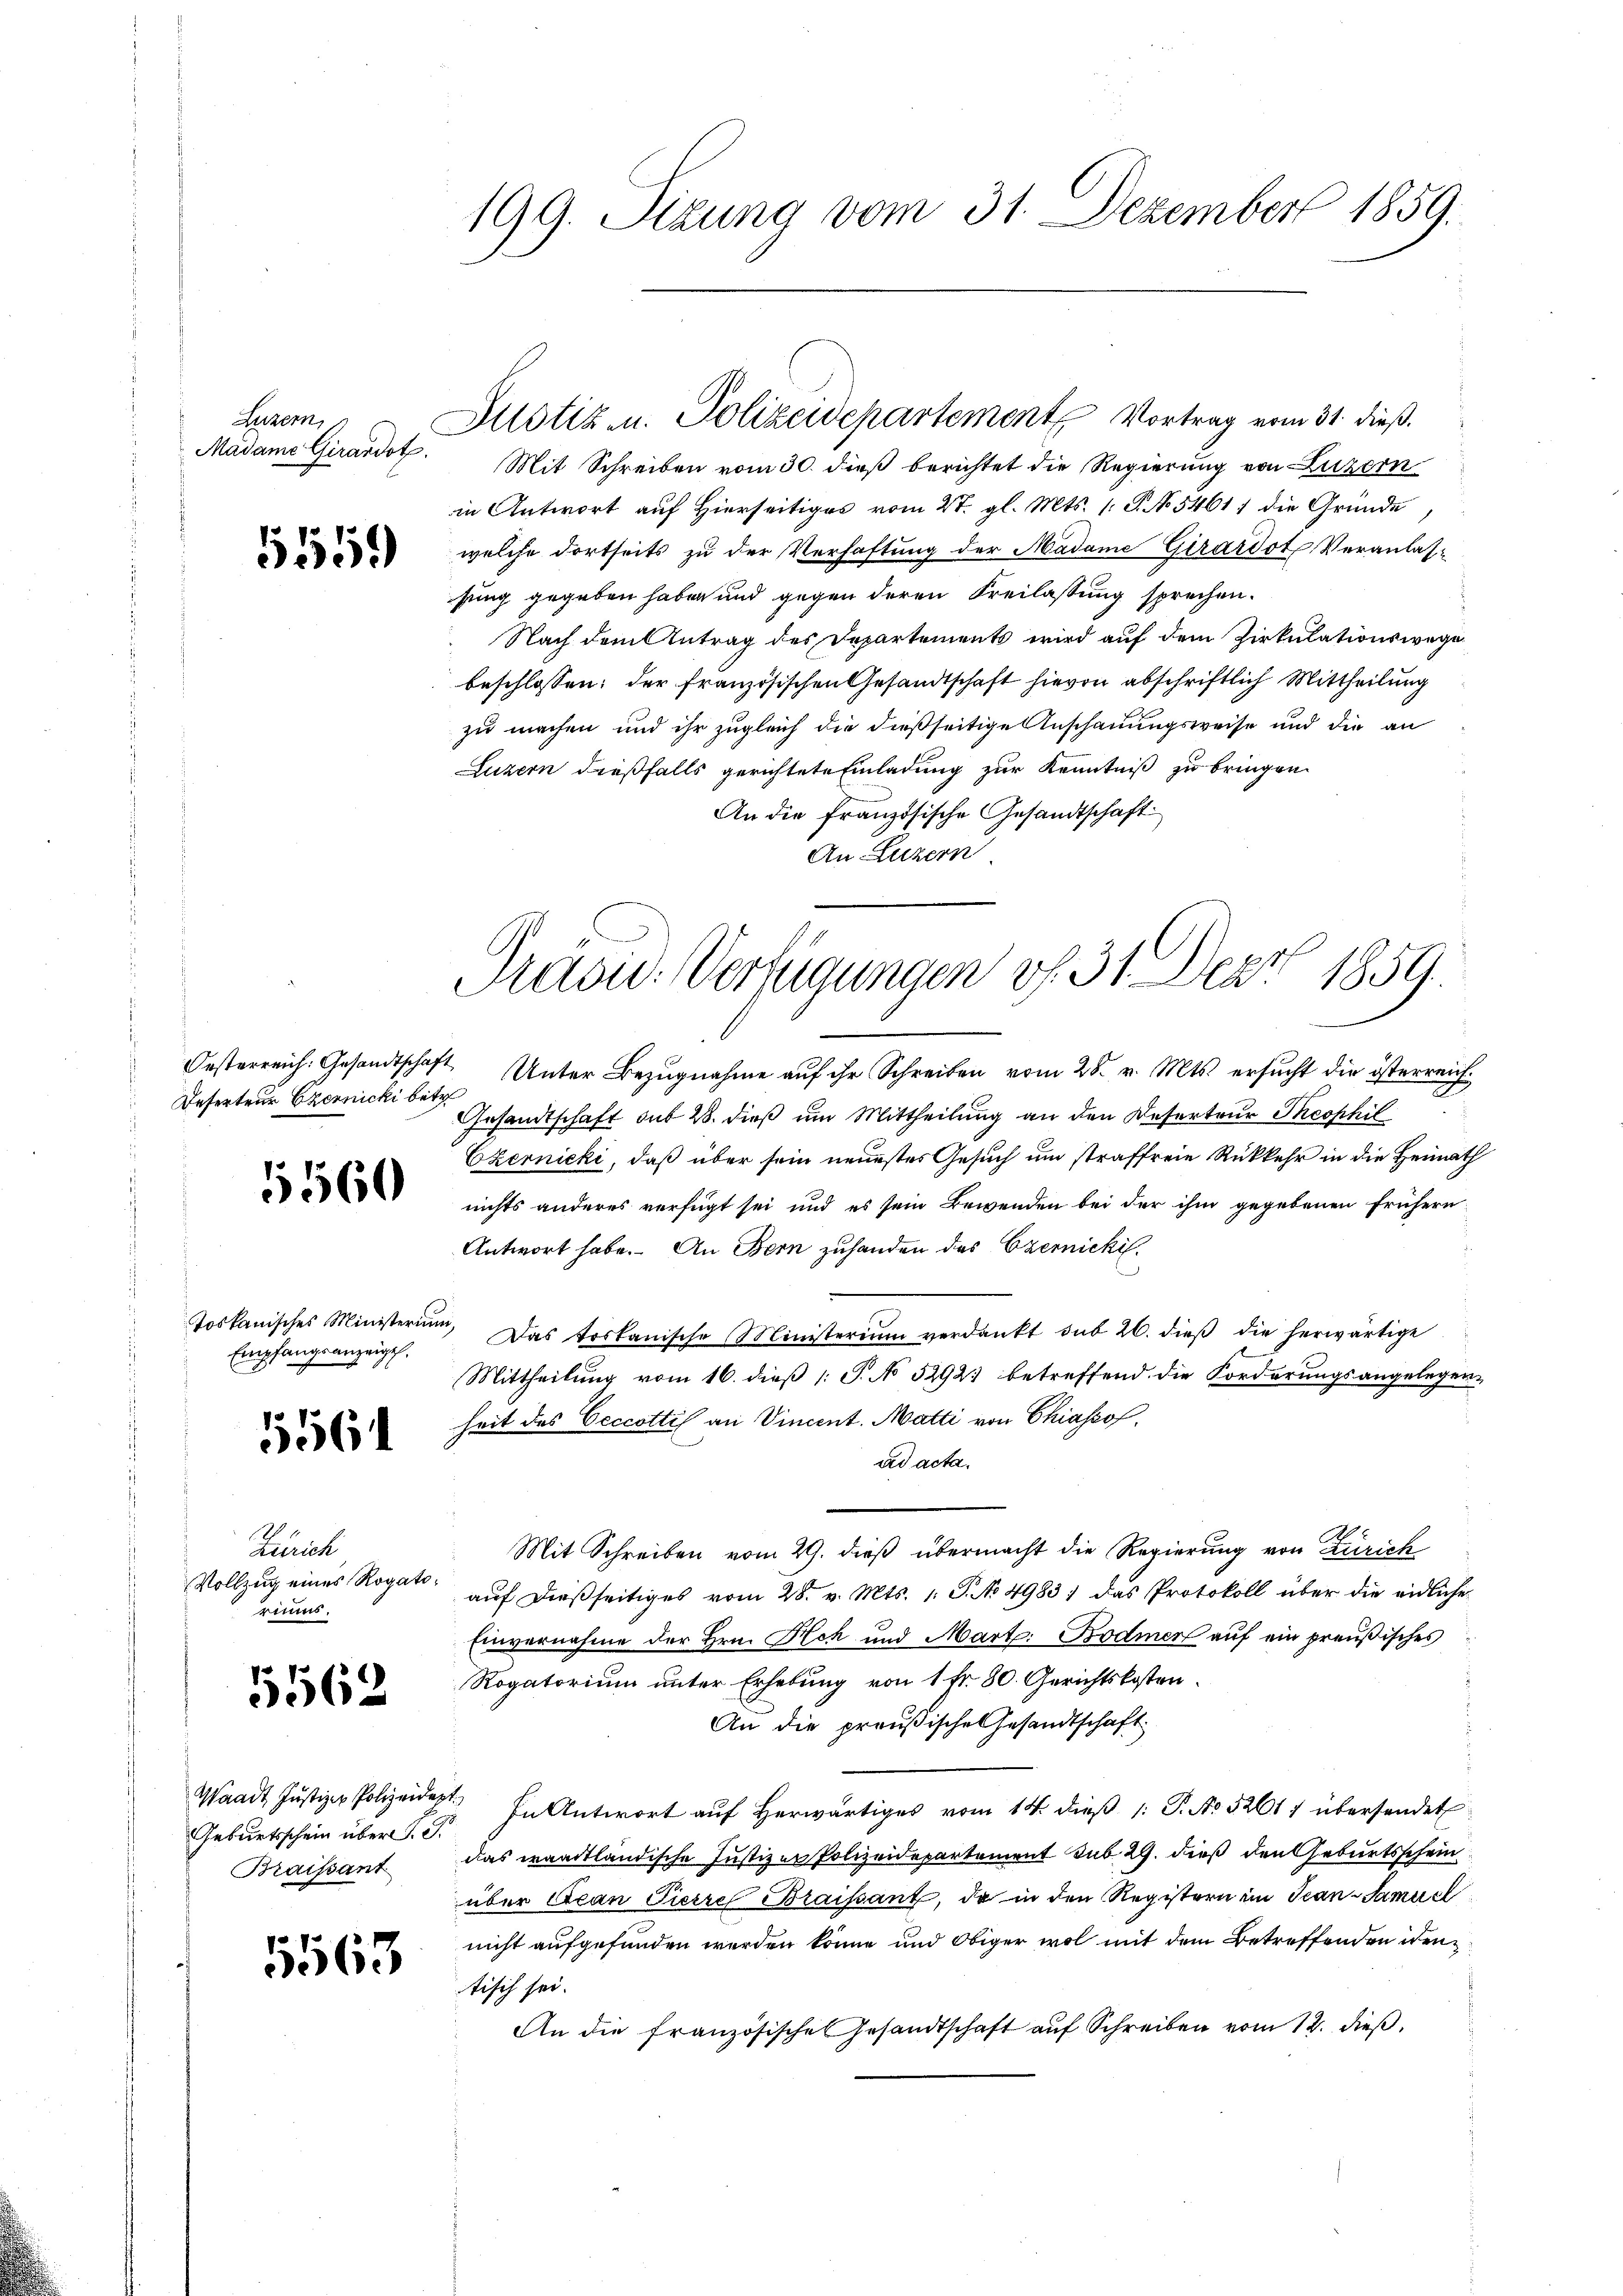
edom,
Madame Girardot

5559

Deferteur Czernicki betr

1560

toskanisches Ministerium,
Empfangsanzeigt.

556.

Zürich
Vollzug eines Rogatorimus.

5562

Geburtsschein über d. J.
Braissant

1563

199. Sizung vom 31. Dezember 1859.

Mit Schreiben vom 30. dieß berichtet die Regierung von Luzern
in Antwort auf Hierseitiges vom 27. gl. Mts. 1 S. No. 5461 die Gründe
welche dortseits zu der Verhaftung der Madame Girardot, Veranlassung gegeben haben und gegen deren Freilassung sprechen.
Nach dem Antrag des Departements wird auf dem Zirkulationswege
beschlossen: der französischen Gesandtschaft hievon abschriftlich Mittheilung
zu machen und ihr zugleich die dießseitige Anschauungsweise und die an
Luzern dießfalls gerichtete Einladung zur Kenntniß zu bringen
An die französische Gesandtschaft
An Luzern
Oesterreich: Gesandtschaft Unter Bezugnahme auf ihr Schreiben vom 28. v. Mts. ersucht die österreich¬
A
Gesandtschaft sub 28. dieß um Mittheilung an den Deserteur Theophil
Czernicki, daß über sein neuestes Gesuch um straffreie Rückkehr in die Heimath
nichts anderes verfügt sei und es sein Bewenden bei der ihm gegebenen frühern
Antwort habe. An Bern zuhanden des Czernickil¬
Das toskanische Ministerium verdankt sub 26. dieß die herwärtige
Mittheilung vom 16. dieß (: S. No 5292. betreffend die Forderungsangelegen-
heit des Oeccottis an Vincent. Matti von Chiassof
ad acta.
Mit Schreiben vom 29. dieß übermacht die Regierung von Zürich
auf dießseitiges vom 28. v. Mts. 1. P. No 4983) das Protokoll über die eidliche
Einvernahme der Hrn. Hch und Mart. Bodmer auf ein preußisches
Rogatorium unter Erhebung von 1 Fr. 80. Gerichtskosten.
An die preußische Gesandtschaft
Waadt Justiz- Polizeidest. In Antwort auf herwärtiges vom 14. dieß 1: P. No. 52617 übersendet
das waadtländische Justizer Polizeidepartement sub 29. dieß den Geburtsschein
über Acan Fierre Braissant, da in den Registern ein Jean-Samuel
nicht aufgefunden werden könne und obiger wol mit dem Betreffenden iden
tisch sei.
An die französische Gesandtschaft aŭf Schreiben vom 12. dieβ.

Justiz u. Polizeidepartement Vortrag vom 31. dieß.

Präsid. Verfügungen v. 31. Der 1859.